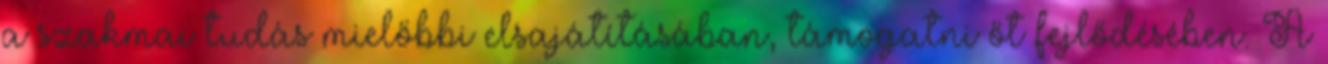
a szakmai tudás mielőbbi elsajátításában, támogatni őt fejlődésében. A